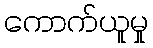
ကောက်ယူမှု